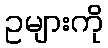
ဥများကို